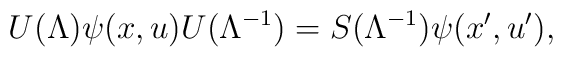
U(\Lambda) \psi(x, u) U(\Lambda^{-1}) = S(\Lambda^{-1}) \psi(x', u'),